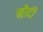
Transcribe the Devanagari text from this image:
नोदी